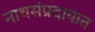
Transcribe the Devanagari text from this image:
नाथसंप्रदायात